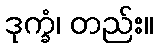
ဒုက္ခံ၊ တည်း။